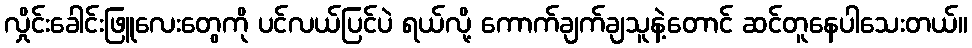
လှိုင်းခေါင်းဖြူလေးတွေကို ပင်လယ်ပြင်ပဲ ရယ်လို့ ကောက်ချက်ချသူနဲ့တောင် ဆင်တူနေပါသေးတယ်။